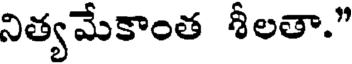
నిత్యమేకాంత శీలతా."